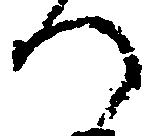
へ